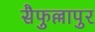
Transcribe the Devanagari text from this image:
सैफुल्लापुर